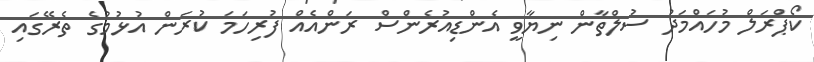
ކޯޕްރަލް މުހައްމަދު ސުލްތާން ނިޔާވީ އެންޑިއުރެންސް ރަންއެއް ފުރިހަމަ ކުރަން އުޅުމުގެ ތެރޭގައި